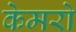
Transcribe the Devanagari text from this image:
केमरो